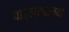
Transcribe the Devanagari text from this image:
पार्ल्यातल्या